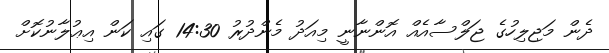
ދެން މަޖިލިހުގެ ޖަލްސާއެއް އޮންނާނީ މިއަދު މެންދުރު 14:30 ގައި ކަން އިޢުލާނުކޮށް